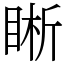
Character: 𥇦